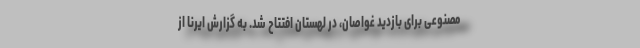
مصنوعی برای بازدید غواصان، در لهستان افتتاح شد. به گزارش ایرنا از